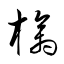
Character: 檎